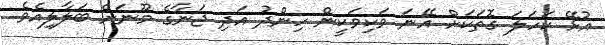
އުޅޭ ކަހަލަ ގޮތަކަށް އޭނަ ވަކިވަކީން ހިންދު އަދި ޖަނާގެ މޫނަށް ބަލާލިއެވެ.